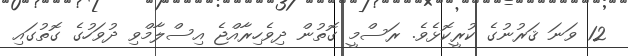
12 ވަނަ ޤަރުނުގެ ކުރީކޮޅެވެ. ރަސްމީ ގޮތުން ދިވެހިރާއްޖެ އިސްލާމްވި ދުވަހުގެ ގޮތުގައި